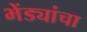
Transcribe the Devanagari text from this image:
भेंड्यांचा